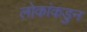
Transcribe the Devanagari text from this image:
लोकांकडुन